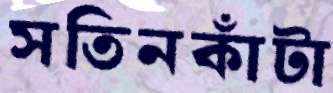
সতিনকাঁটা